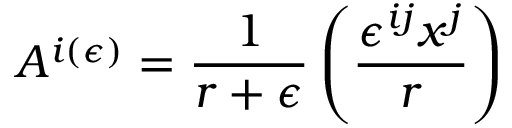
A ^ { i ( \epsilon ) } = \frac { 1 } { r + \epsilon } \left( \frac { \epsilon ^ { i j } x ^ { j } } { r } \right)